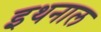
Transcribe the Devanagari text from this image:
इथनाल